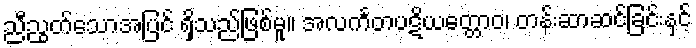
ညီညွတ်သောအပြင် ရှိသည်ဖြစ်မူ။ အလင်္ကတပဋိယတ္တောဝ၊ တန်းဆာဆင်ခြင်းနှင့်